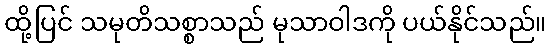
ထို့ပြင် သမုတိသစ္စာသည် မုသာဝါဒကို ပယ်နိုင်သည်။